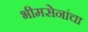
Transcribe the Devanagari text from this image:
भीमसेनांचा